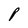
Character: P